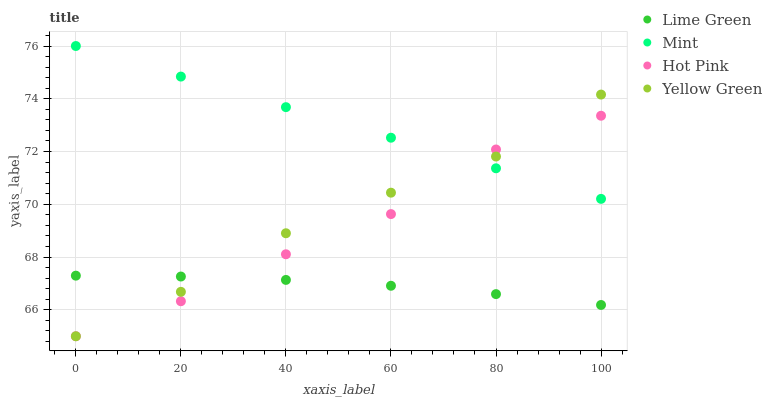
| xaxis_label | Lime Green | Mint | Hot Pink | Yellow Green |
 | --- | --- | --- | --- | --- |
 | 0 | 67.3 | 76 | 65 | 65 |
 | 20 | 67.3 | 74.8 | 66.3 | 66.7 |
 | 40 | 67.1 | 73.7 | 68.1 | 68.9 |
 | 60 | 66.9 | 72.5 | 69.6 | 70.4 |
 | 80 | 66.6 | 71.4 | 72.1 | 71.8 |
 | 100 | 66.2 | 70.2 | 73.4 | 74.2 |